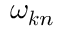
\omega _ { \boldsymbol { k } n }